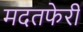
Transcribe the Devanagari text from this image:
मदतफेरी